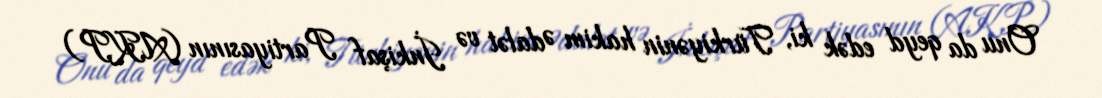
Onu da qeyd edək ki, Türkiyənin hakim Ədalət və İnkişaf Partiyasının (AKP)